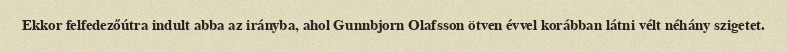
Ekkor felfedezőútra indult abba az irányba, ahol Gunnbjorn Olafsson ötven évvel korábban látni vélt néhány szigetet.